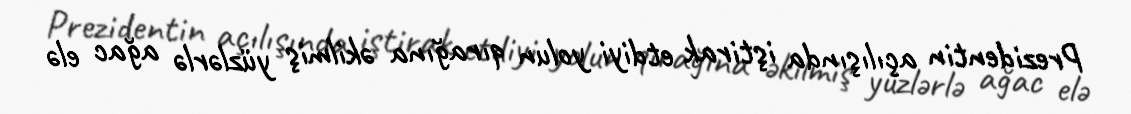
Prezidentin açılışında iştirak etdiyi yolun qırağına əkilmiş yüzlərlə ağac elə